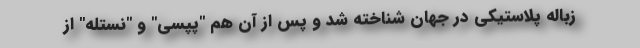
زباله پلاستیکی در جهان شناخته شد و پس از آن هم "پپسی" و "نستله" از